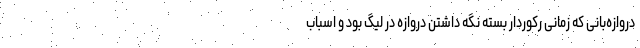
دروازه‌بانی که زمانی رکوردار بسته نگه داشتن دروازه در لیگ بود و اسباب